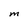
Character: M